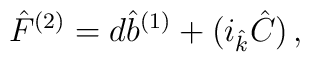
{\hat F}^{(2)}=d{\hat b}^{(1)}+ (i_{\hat k}{\hat C})\, ,